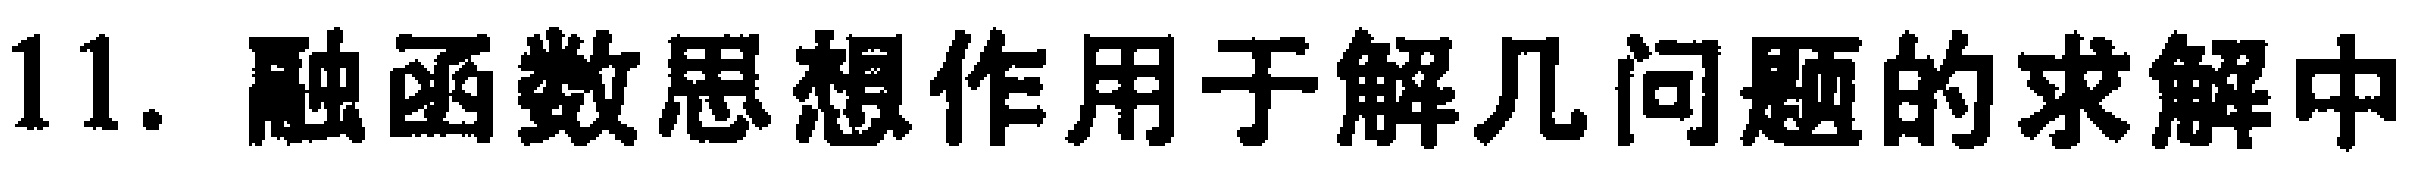
11. 融函数思想作用于解几问题的求解中